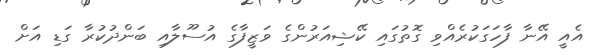
އެއީ އޭނާ ފާހަގަކުރެއްވި ގޮތުގައި ކޭޝިއަރުންގެ ވަޒީފާގެ އުސޫލާއި ބަންދުކުރާ ގަޑި އަށް